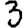
Digit: 3